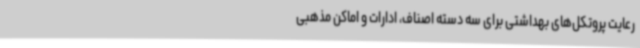
رعایت پروتکل‌های بهداشتی برای سه دسته اصناف، ادارات و اماکن مذهبی